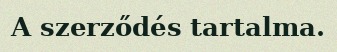
A szerződés tartalma.